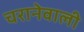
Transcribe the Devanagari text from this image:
चरानेवाली